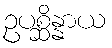
ဥပစ္ဆိန္နာယ